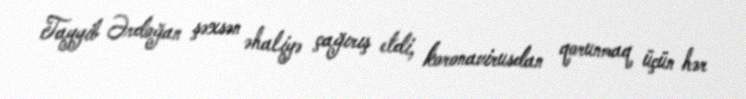
Tayyib Ərdoğan şəxsən əhaliyə çağırış etdi, koronavirusdan qorunmaq üçün hər